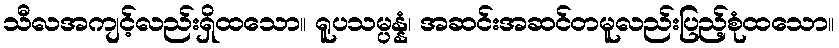
သီလအကျင့်လည်းရှိထသော။ ရူပသမ္ပန္နံ၊ အဆင်းအဆင်တမူလည်းပြည့်စုံထသော။